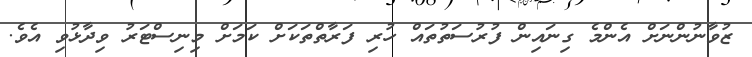
ޒުވާނުންނަށް އެންމެ ގިނައިން ފުރުސަތުތައް ހުރި ފަރާތްތަކަށް ކަމަށް މިނިސްޓަރު ވިދާޅުވި އެވެ.